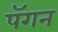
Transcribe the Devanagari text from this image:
पॅगन